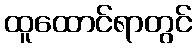
ထူထောင်ရာတွင်